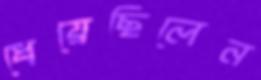
ধেয়েছিলেন